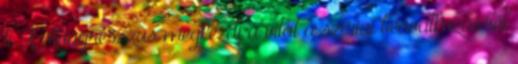
ti A Kongresszus megkezdi a vitát a szíriai beavatkozásról